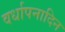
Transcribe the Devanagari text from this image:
वर्धापनादिन